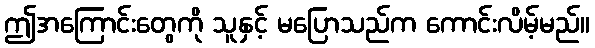
ဤအကြောင်းတွေကို သူနှင့် မပြောသည်က ကောင်းလိမ့်မည်။